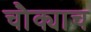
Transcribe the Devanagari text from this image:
चौक्याच